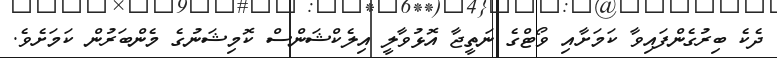
ދެކެ ބިރުގެންފައިވާ ކަމަށާއި ވޯޓްގެ ނަތީޖާ އޮޅުވާލީ އިލެކްޝަންސް ކޮމިޝަނުގެ މެންބަރުން ކަމަށެވެ.